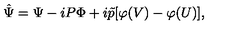
\hat { \Psi } = \Psi - i P \Phi + i \tilde { p } [ \varphi ( V ) - \varphi ( U ) ] ,